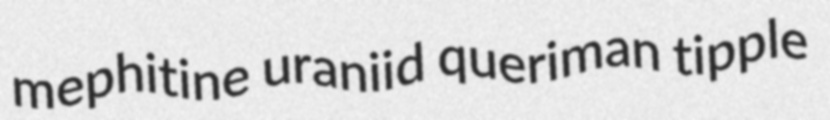
mephitine uraniid queriman tipple